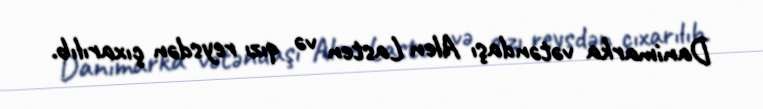
Danimarka vətəndaşı Alen Lasten və qızı reysdən çıxarılıb.